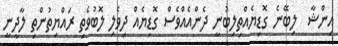
އިންޝާ  ލިބޭނެ ގޮޑިޔެއްތިލިބުނީ ދެންއެއްވެސް ގޮޑިޔެއް ދިވެލި ލޮބުވެތި ރައްޔިތުންތި ލާދީނީ